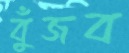
বুঁজব